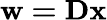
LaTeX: \mathbf{w=Dx}